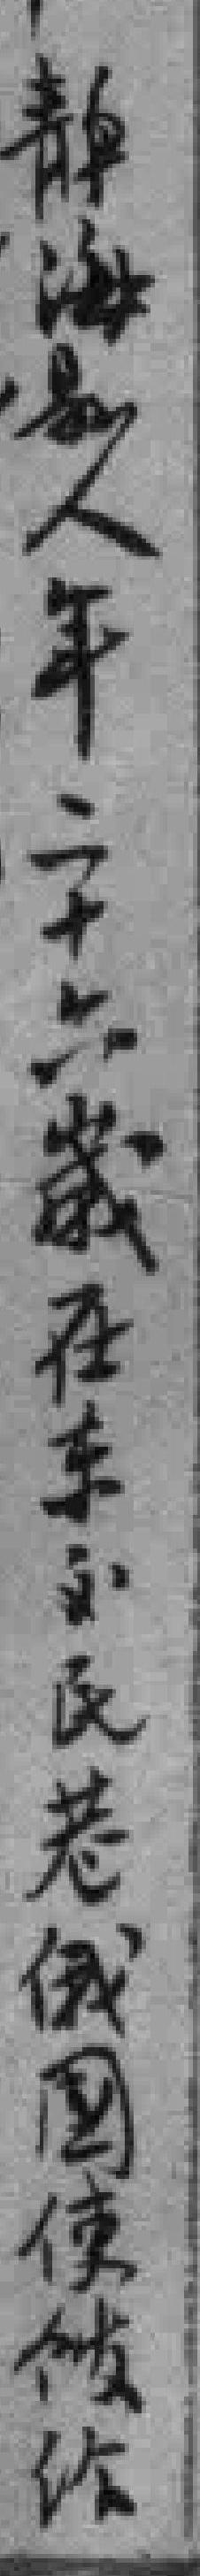
静海縣人年二十六歲在东交民巷俄國使館给